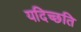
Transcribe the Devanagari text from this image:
यदिच्छति